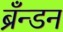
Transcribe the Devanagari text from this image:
ब्रँन्डन